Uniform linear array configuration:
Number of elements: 16
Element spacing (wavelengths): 1
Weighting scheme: kaiser
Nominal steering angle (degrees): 30
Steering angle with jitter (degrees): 30.646
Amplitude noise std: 0.05
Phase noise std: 0.05

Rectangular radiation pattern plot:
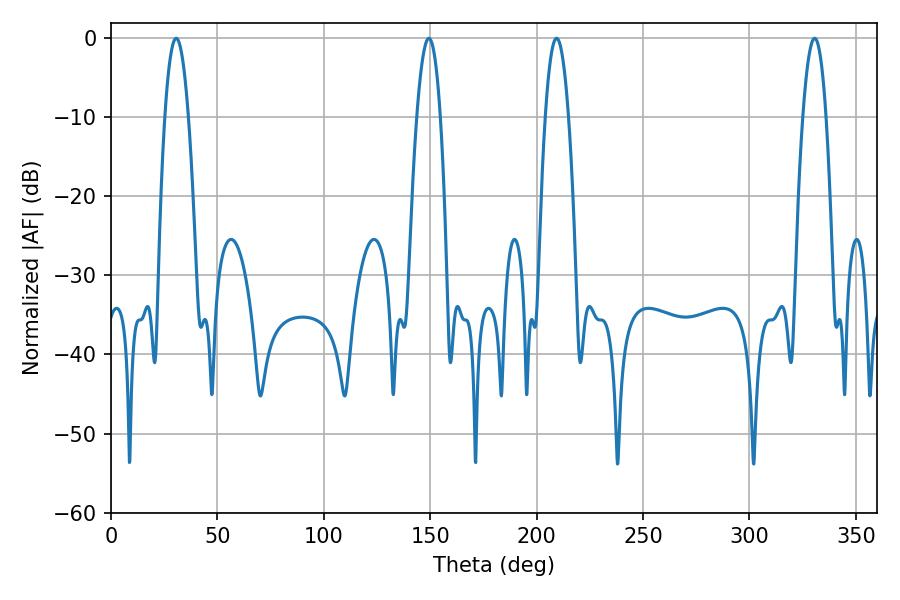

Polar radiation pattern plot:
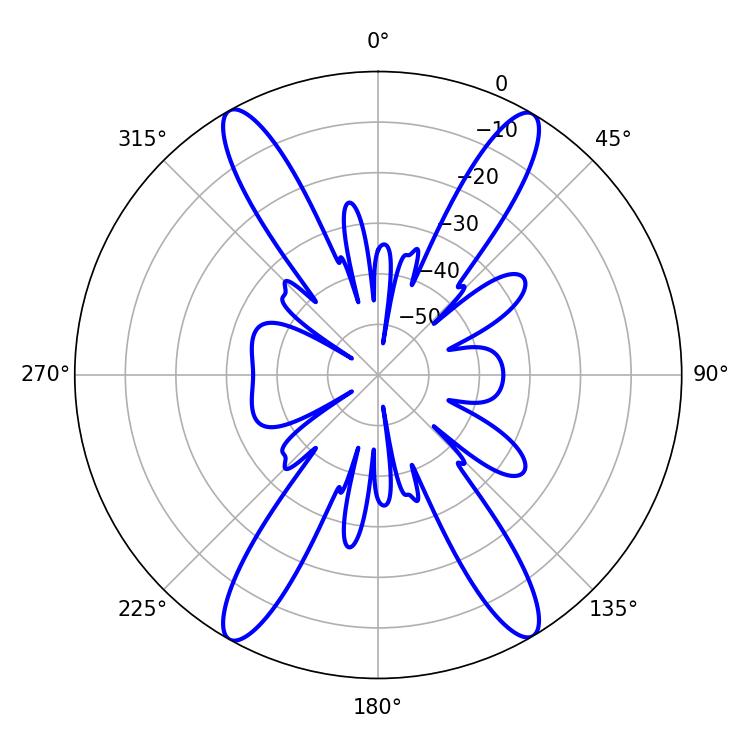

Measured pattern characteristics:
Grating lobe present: TRUE
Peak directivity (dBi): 24.867
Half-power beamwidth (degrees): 5.94
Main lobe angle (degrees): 209.34